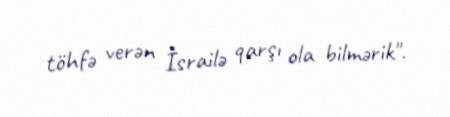
töhfə verən İsrailə qarşı ola bilmərik".